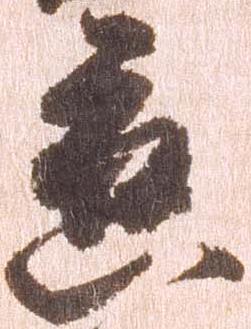
応